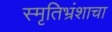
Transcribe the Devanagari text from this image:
स्मृतिभ्रंशाचा